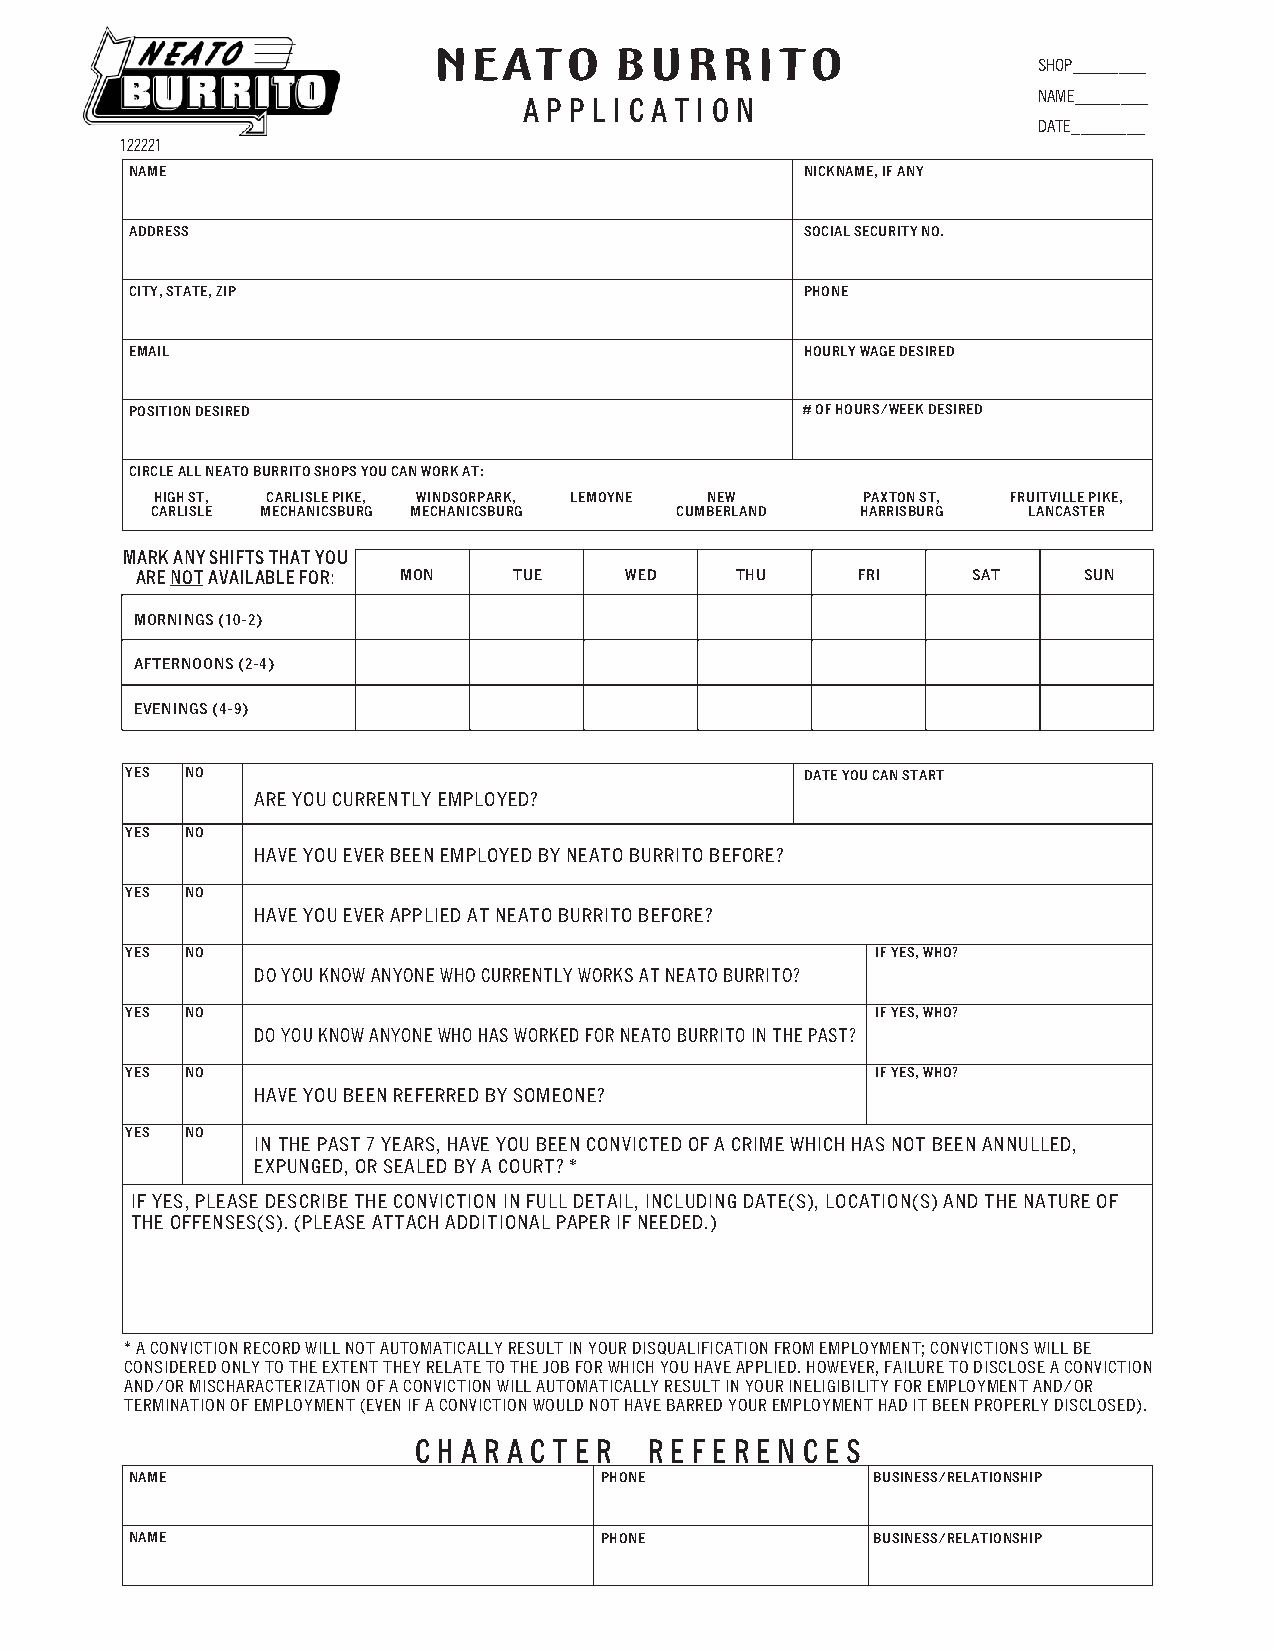
NEATO       BURRITO
 SHOP________
 NAME________
 A P P L I C A T I O N
 DATE________
 122221
 NAME                                        NICKNAME, IF ANY
 ADDRESS                                     SOCIAL SECURITY NO.
 CITY, STATE, ZIP                            PHONE
 EMAIL                                       HOURLY WAGE DESIRED
 POSITION DESIRED                            # OF HOURS/WEEK DESIRED
 CIRCLE ALL NEATO BURRITO SHOPS YOU CAN WORK AT:
 HIGH ST, CARLISLE PIKE, WINDSORPARK, LEMOYNE NEW PAXTON ST, FRUITVILLE PIKE,
 CARLISLE MECHANICSBURG MECHANICSBURG CUMBERLAND HARRISBURG LANCASTER
 MARK ANY SHIFTS THAT YOU
 ARE NOT AVAILABLE FOR: MON TUE  WED     THU     FRI    SAT     SUN
 MORNINGS (10-2)
 AFTERNOONS (2-4)
 EVENINGS (4-9)
 YES NO                                       DATE YOU CAN START
 ARE YOU CURRENTLY EMPLOYED?
 YES NO
 HAVE YOU EVER BEEN EMPLOYED BY NEATO BURRITO BEFORE?
 YES NO
 HAVE YOU EVER APPLIED AT NEATO BURRITO BEFORE?
 YES NO                                            IF YES, WHO?
 DO YOU KNOW ANYONE WHO CURRENTLY WORKS AT NEATO BURRITO?
 YES NO                                            IF YES, WHO?
 DO YOU KNOW ANYONE WHO HAS WORKED FOR NEATO BURRITO IN THE PAST?
 YES NO                                            IF YES, WHO?
 HAVE YOU BEEN REFERRED BY SOMEONE?
 YES NO
 IN THE PAST 7 YEARS, HAVE YOU BEEN CONVICTED OF A CRIME WHICH HAS NOT BEEN ANNULLED,
 EXPUNGED, OR SEALED BY A COURT? *
 IF YES, PLEASE DESCRIBE THE CONVICTION IN FULL DETAIL, INCLUDING DATE(S), LOCATION(S) AND THE NATURE OF
 THE OFFENSES(S). (PLEASE ATTACH ADDITIONAL PAPER IF NEEDED.)
 * A CONVICTION RECORD WILL NOT AUTOMATICALLY RESULT IN YOUR DISQUALIFICATION FROM EMPLOYMENT; CONVICTIONS WILL BE
 CONSIDERED ONLY TO THE EXTENT THEY RELATE TO THE JOB FOR WHICH YOU HAVE APPLIED. HOWEVER, FAILURE TO DISCLOSE A CONVICTION
 AND/OR MISCHARACTERIZATION OF A CONVICTION WILL AUTOMATICALLY RESULT IN YOUR INELIGIBILITY FOR EMPLOYMENT AND/OR
 TERMINATION OF EMPLOYMENT (EVEN IF A CONVICTION WOULD NOT HAVE BARRED YOUR EMPLOYMENT HAD IT BEEN PROPERLY DISCLOSED).
 C H A R A C T E R R E F E R E N C E S
 NAME                           PHONE             BUSINESS/RELATIONSHIP
 NAME                           PHONE             BUSINESS/RELATIONSHIP